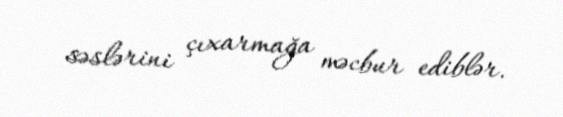
səslərini çıxarmağa məcbur ediblər.